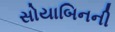
સોયાબિનની